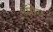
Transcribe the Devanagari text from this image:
भँगेरा